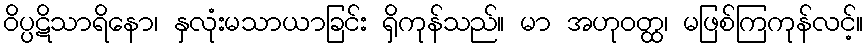
ဝိပ္ပဋိသာရိနော၊ နှလုံးမသာယာခြင်း ရှိကုန်သည်။ မာ အဟုဝတ္ထ၊ မဖြစ်ကြကုန်လင့်။